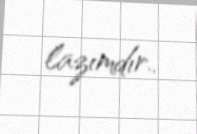
lazımdır..